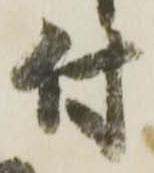
付